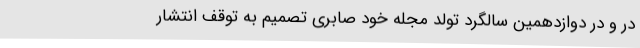
در و در دوازدهمین سالگرد تولد مجله خود صابری تصمیم به توقف انتشار